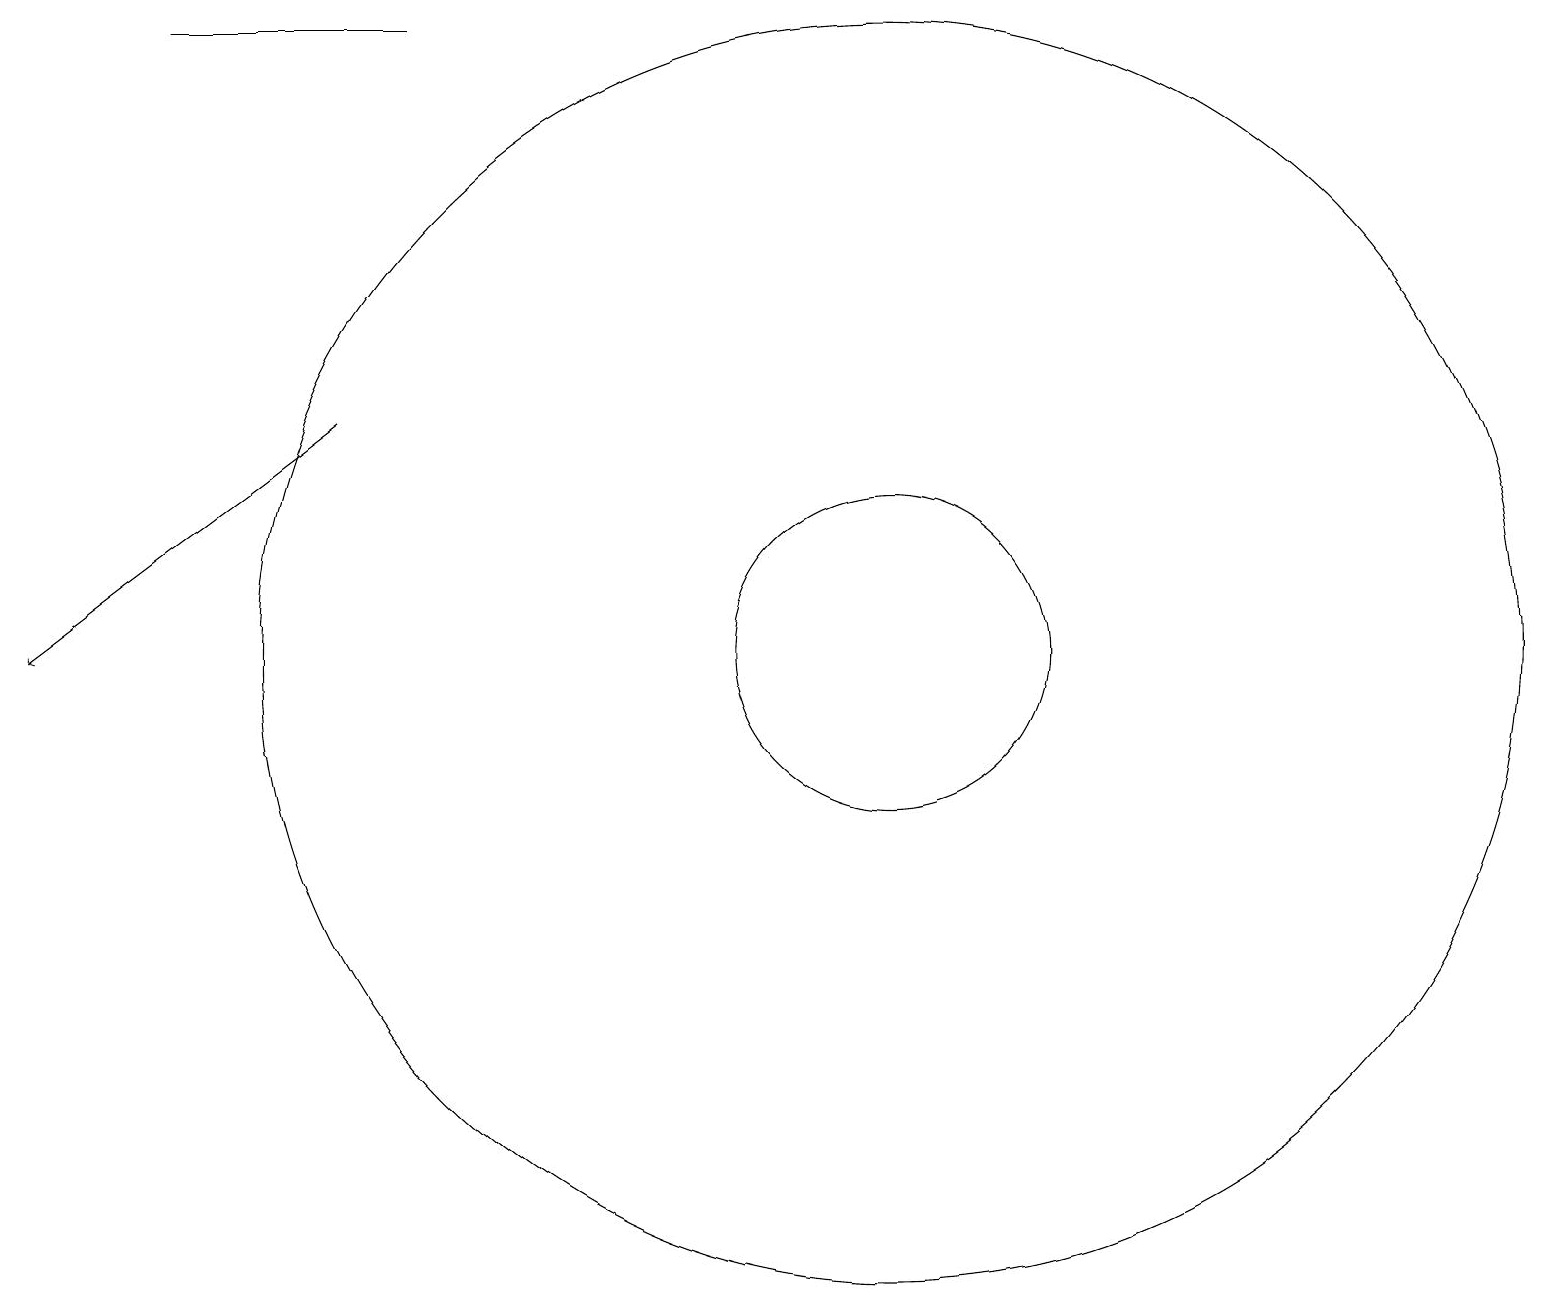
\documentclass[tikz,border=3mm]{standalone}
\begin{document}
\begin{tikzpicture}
\draw (11,10) circle (8);
\draw (5,18) rectangle (2,18);
\draw[->] (4,13) -- (0,10);
\draw (11,10) circle (2);
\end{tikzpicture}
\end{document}